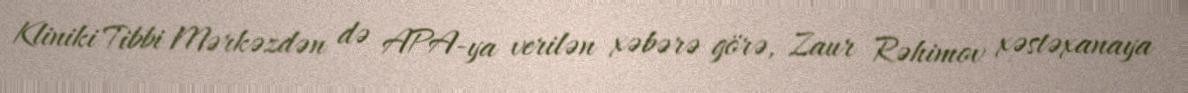
Kliniki Tibbi Mərkəzdən də APA-ya verilən xəbərə görə, Zaur Rəhimov xəstəxanaya